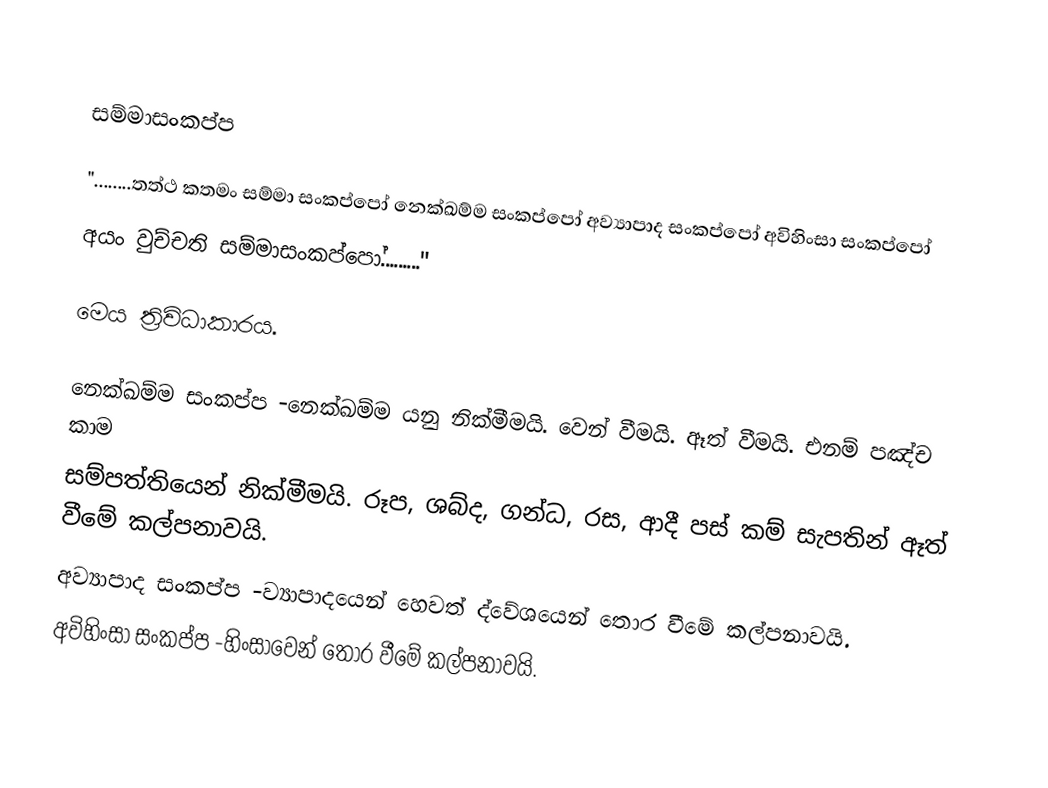

සම්මාසංකප්ප

"........තත්ථ කතමං සම්මා සංකප්පෝ නෙක්ඛම්ම සංකප්පෝ අව්‍යාපාද සංකප්පෝ අවිහිංසා  සංකප්පෝ
අයං වුච්චති සම්මාසංකප්පෝ........."

මෙය ත්‍රිවිධාකාරය.

නෙක්ඛම්ම සංකප්ප -නෙක්ඛම්ම යනු නික්මීමයි. වෙන් වීමයි. ඈත් වීමයි. එනම් පඤ්ච කාම
සම්පත්තියෙන් නික්මීමයි. රූප, ශබ්ද, ගන්ධ, රස, ආදී පස් කම් සැපතින් ඈත් වීමේ කල්පනාවයි.
අව්‍යාපාද සංකප්ප -ව්‍යාපාදයෙන් හෙවත් ද්වේශයෙන් තොර වීමේ කල්පනාවයි.
අවිහිංසා  සංකප්ප -හිංසාවෙන් තොර වීමේ කල්පනාවයි.